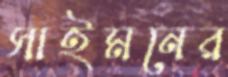
সাইমনের